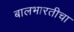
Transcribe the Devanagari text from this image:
बालभारतीचा